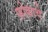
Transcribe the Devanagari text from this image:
फोकाचे